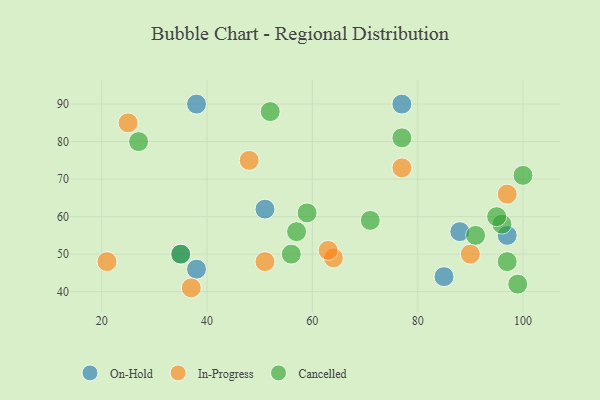
{"axis": {"x": "GDP", "y": "Life Expectancy"}, "legend": ["Cancelled", "In-Progress", "On-Hold"], "data": [{"x": "77", "y": 90, "type": "On-Hold"}, {"x": "51", "y": 62, "type": "On-Hold"}, {"x": "35", "y": 50, "type": "On-Hold"}, {"x": "85", "y": 44, "type": "On-Hold"}, {"x": "88", "y": 56, "type": "On-Hold"}, {"x": "97", "y": 55, "type": "On-Hold"}, {"x": "38", "y": 90, "type": "On-Hold"}, {"x": "38", "y": 46, "type": "On-Hold"}, {"x": "97", "y": 66, "type": "In-Progress"}, {"x": "64", "y": 49, "type": "In-Progress"}, {"x": "37", "y": 41, "type": "In-Progress"}, {"x": "77", "y": 73, "type": "In-Progress"}, {"x": "51", "y": 48, "type": "In-Progress"}, {"x": "48", "y": 75, "type": "In-Progress"}, {"x": "63", "y": 51, "type": "In-Progress"}, {"x": "25", "y": 85, "type": "In-Progress"}, {"x": "21", "y": 48, "type": "In-Progress"}, {"x": "90", "y": 50, "type": "In-Progress"}, {"x": "100", "y": 71, "type": "Cancelled"}, {"x": "91", "y": 55, "type": "Cancelled"}, {"x": "52", "y": 88, "type": "Cancelled"}, {"x": "27", "y": 80, "type": "Cancelled"}, {"x": "99", "y": 42, "type": "Cancelled"}, {"x": "96", "y": 58, "type": "Cancelled"}, {"x": "95", "y": 60, "type": "Cancelled"}, {"x": "57", "y": 56, "type": "Cancelled"}, {"x": "77", "y": 81, "type": "Cancelled"}, {"x": "71", "y": 59, "type": "Cancelled"}, {"x": "59", "y": 61, "type": "Cancelled"}, {"x": "56", "y": 50, "type": "Cancelled"}, {"x": "35", "y": 50, "type": "Cancelled"}, {"x": "97", "y": 48, "type": "Cancelled"}]}